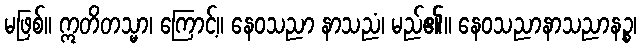
မဖြစ်။ ဣတိတသ္မာ၊ ကြောင့်။ နေဝသညာ နာသညံ၊ မည်၏။ နေဝသညာနာသညာနဉ္စ၊